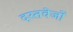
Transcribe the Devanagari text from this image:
दस्तवेजों